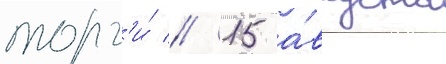
торг'и́ // 15 а́вгуста